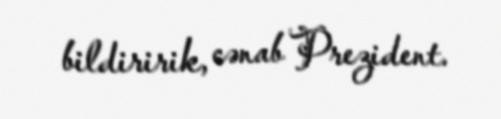
bildiririk, cənab Prezident.